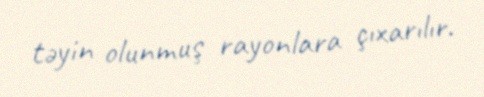
təyin olunmuş rayonlara çıxarılır.